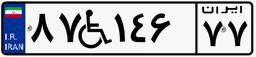
۸۷W۱۴۶۷۷